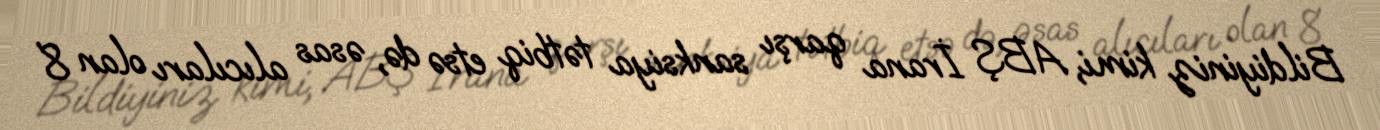
Bildiyiniz kimi, ABŞ İrana qarşı sanksiya tətbiq etsə də, əsas alıcıları olan 8